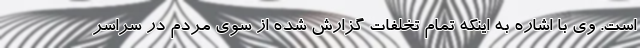
است. وی با اشاره به اینکه تمام تخلفات گزارش شده از سوی مردم در سراسر